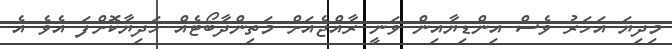
މިދިޔަ އަހަރު ވެސް އިންޑިޔާއިން ވަނީ ރާއްޖެއަށް މަތިންދާބޯޓެއް ހަދިޔާކޮށްފަ އެވެ އެ